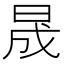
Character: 晟